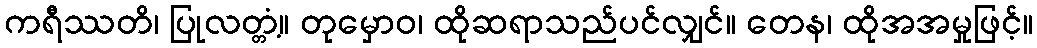
ကရီဿတိ၊ ပြုလတ္တံ့။ တုမှောဝ၊ ထိုဆရာသည်ပင်လျှင်။ တေန၊ ထိုအအမှုဖြင့်။